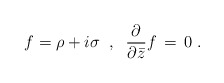
\begin{align*}f = \rho + i \sigma \; \; , \; \; \frac{\partial}{\partial{\bar z}} f \,=\,0 \;.\end{align*}